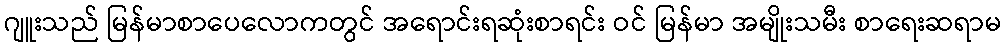
ဂျူးသည် မြန်မာစာပေလောကတွင် အရောင်းရဆုံးစာရင်း ဝင် မြန်မာ အမျိုးသမီး စာရေးဆရာမ